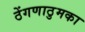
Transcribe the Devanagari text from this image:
ठेंगणाठुमका